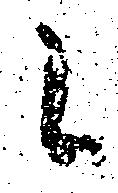
候